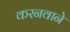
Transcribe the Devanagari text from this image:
करनवाने